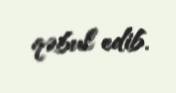
qəbul edib.